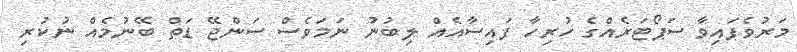
މަރުވެފައިވާ ސަޕޯޓަރެއްގެ ހުރިހާ ފައިސާއެއް ލިބުނު ނަމަވެސް ސަންޖޭ ޑަތް ބޭނުމެއް ނުކުރި